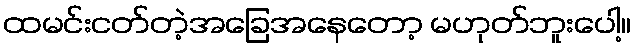
ထမင်းငတ်တဲ့အခြေအနေတော့ မဟုတ်ဘူးပေါ့။